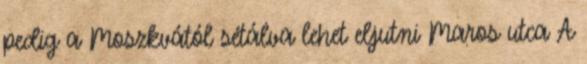
pedig a Moszkvától sétálva lehet eljutni Maros utca A